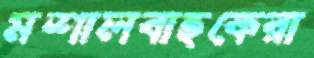
মশালবাহকেরা